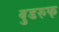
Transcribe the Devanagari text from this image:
वुडरुफ